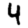
Digit: 4